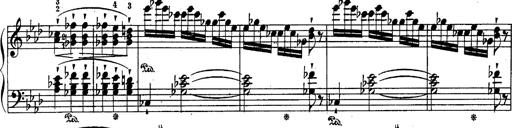
Title: Schubert's Impromptus [revised and edited by Franz Liszt]
Composer: Franz Liszt